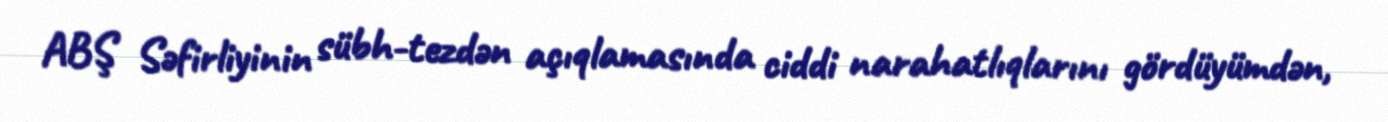
ABŞ Səfirliyinin sübh-tezdən açıqlamasında ciddi narahatlıqlarını gördüyümdən,